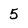
Character: 5